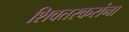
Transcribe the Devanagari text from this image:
शिवतरकरांना